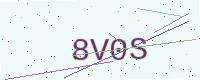
Text: 8V0S